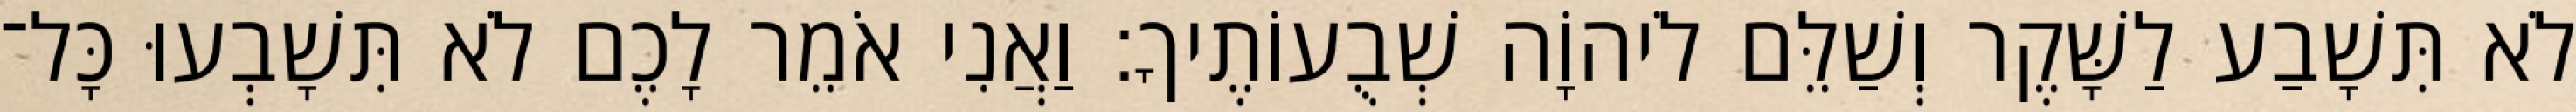
לֹא תִּשָׁבַע לַשָּׁקֶר וְשַׁלֵּם לֹיהוָֹה שְׁבֻעוֹתֶיךָ׃ וַאֲנִי אֹמֵר לָכֶם לֹא תִּשָׁבְעוּ כָּל־